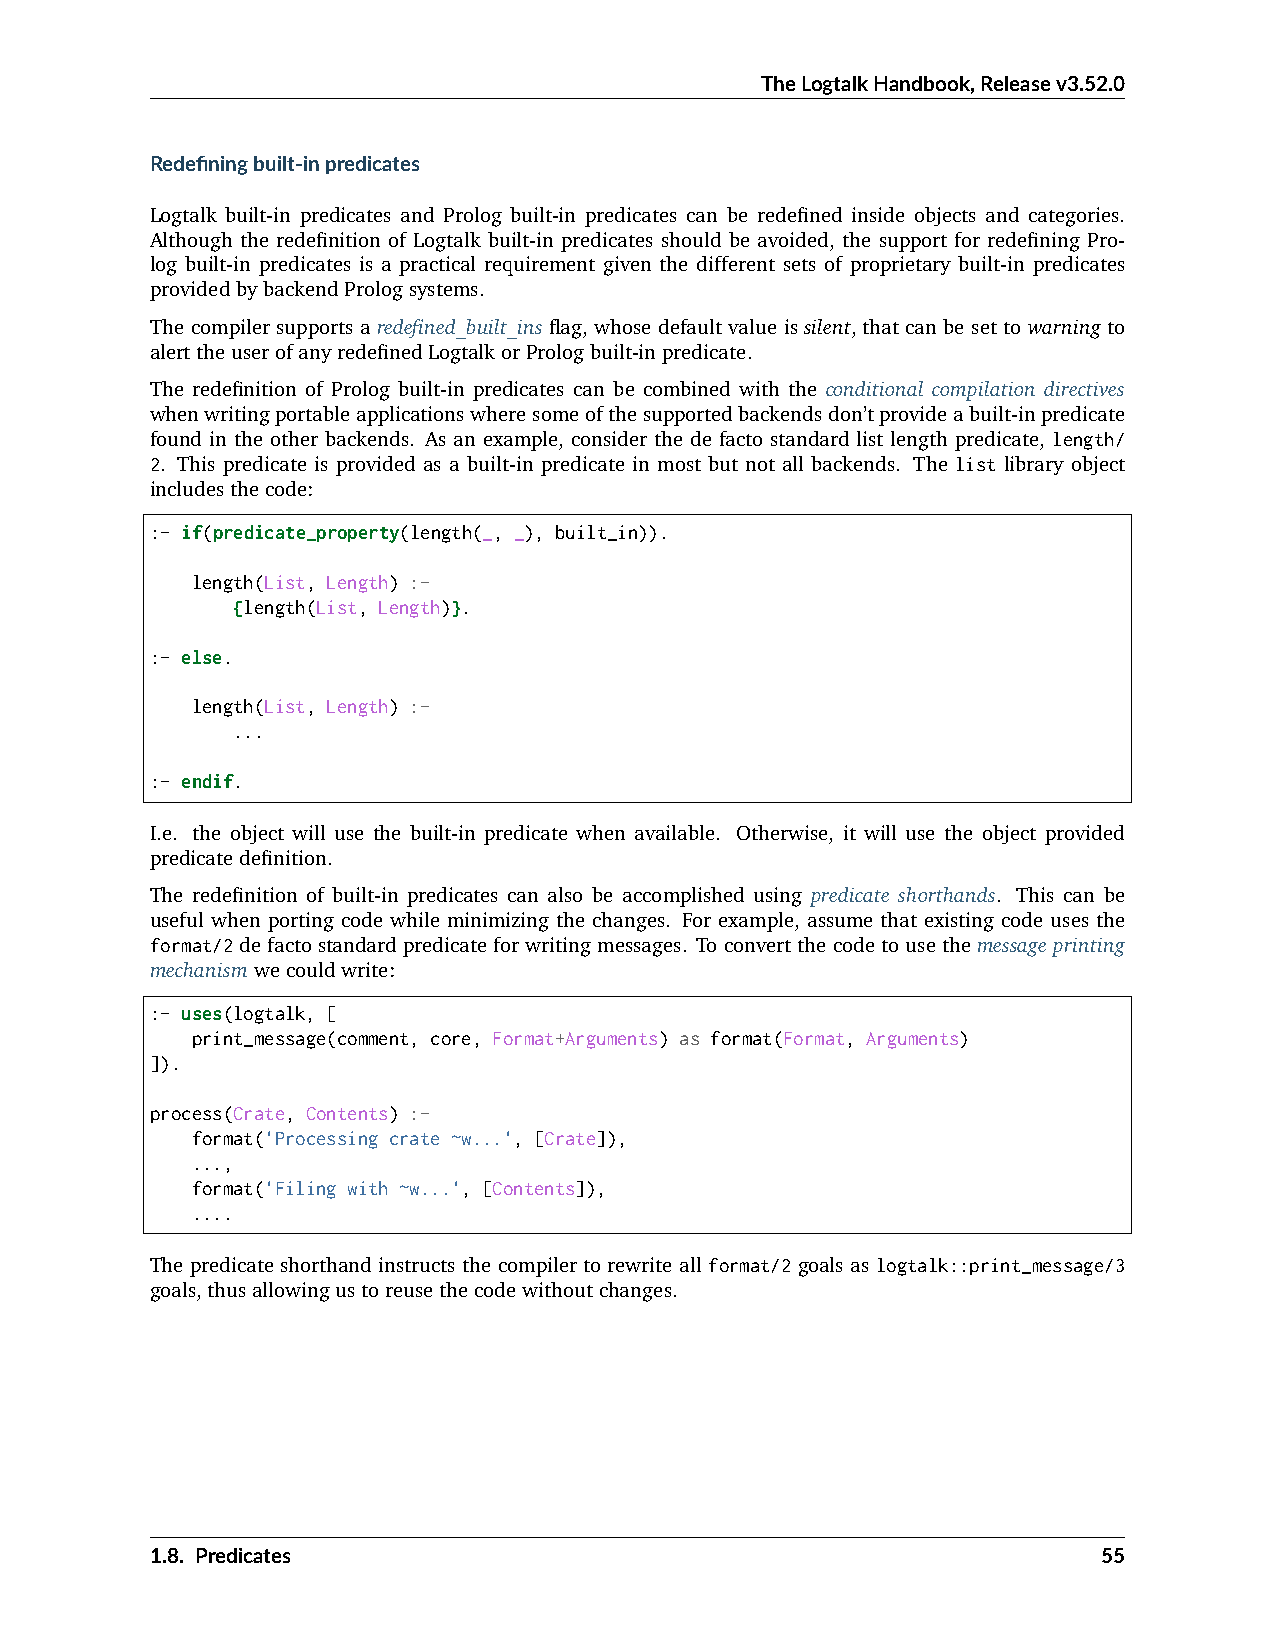
TheLogtalkHandbook,Releasev3.52.0
 Redefiningbuilt-inpredicates
 Logtalk built-in predicates and Prolog built-in predicates can be redefined inside objects and categories.
 Although the redefinition of Logtalk built-in predicates should be avoided, the support for redefining Pro-
 log built-in predicates is a practical requirement given the different sets of proprietary built-in predicates
 providedbybackendPrologsystems.
 The compiler supports a redefined_built_ins flag, whose default value is silent, that can be set to warning to
 alerttheuserofanyredefinedLogtalkorPrologbuilt-inpredicate.
 The redefinition of Prolog built-in predicates can be combined with the conditional compilation directives
 whenwritingportableapplicationswheresomeofthesupportedbackendsdon’tprovideabuilt-inpredicate
 found in the other backends. As an example, consider the de facto standard list length predicate, length/
 2. This predicate is provided as a built-in predicate in most but not all backends. The list library object
 includesthecode:
 :- if(predicate_property(length(_, _), built_in)).
 length(List, Length) :-
 {length(List, Length)}.
 :- else.
 length(List, Length) :-
 ...
 :- endif.
 I.e. the object will use the built-in predicate when available. Otherwise, it will use the object provided
 predicatedefinition.
 The redefinition of built-in predicates can also be accomplished using predicate shorthands. This can be
 useful when porting code while minimizing the changes. For example, assume that existing code uses the
 format/2defactostandardpredicateforwritingmessages. Toconvertthecodetousethemessageprinting
 mechanismwecouldwrite:
 :- uses(logtalk, [
 print_message(comment, core, Format+Arguments) as format(Format, Arguments)
 ]).
 process(Crate, Contents) :-
 format('Processing crate ~w...', [Crate]),
 ...,
 format('Filing with ~w...', [Contents]),
 ....
 The predicate shorthand instructs the compiler to rewrite all format/2 goals as logtalk::print_message/3
 goals,thusallowingustoreusethecodewithoutchanges.
 1.8. Predicates                                                55